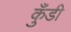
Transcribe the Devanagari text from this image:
कुँडी